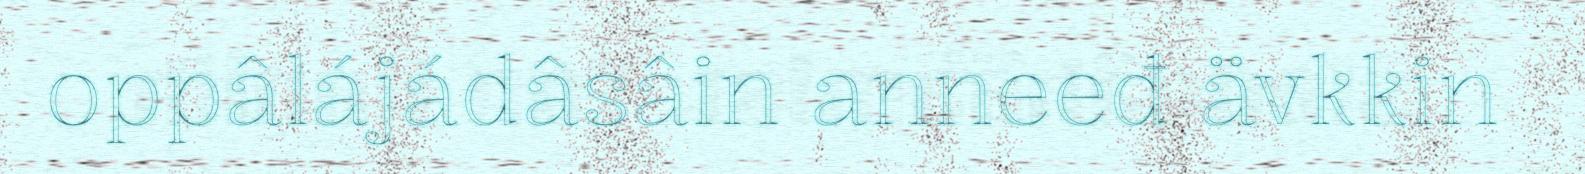
oppâlájádâsâin anneeđ ävkkin